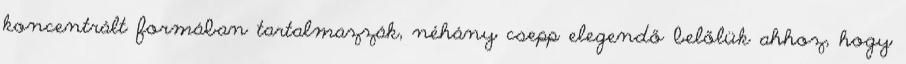
koncentrált formában tartalmazzák, néhány csepp elegendő belőlük ahhoz, hogy